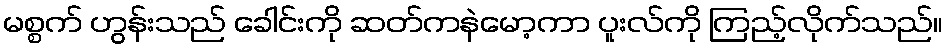
မစ္စက် ဟွန်းသည် ခေါင်းကို ဆတ်ကနဲမော့ကာ ပူးလ်ကို ကြည့်လိုက်သည်။